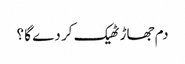
دم جھاڑ ٹھیک کر دے گا ؟